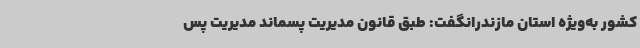
کشور به‌ویژه استان مازندرانگفت: طبق قانون مدیریت پسماند مدیریت پس